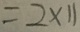
= 2 \times 1 1